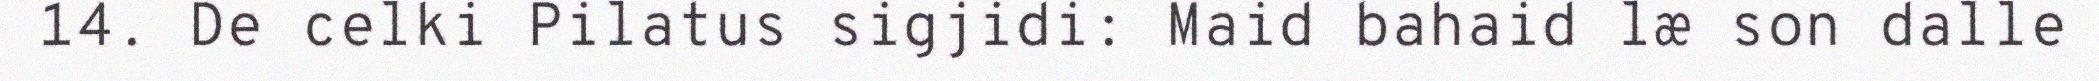
14. De celki Pilatus sigjidi: Maid bahaid læ son dalle